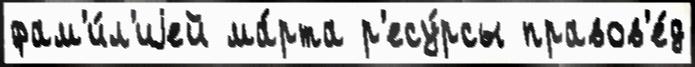
фам'и́л'иjей ма́рта р'есу́рсы правов'е́д